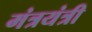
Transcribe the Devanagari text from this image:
मंत्रयंत्री